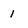
Character: 1